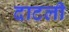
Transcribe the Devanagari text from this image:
दाटली